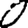
Digit: 0